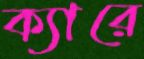
ক্যারে